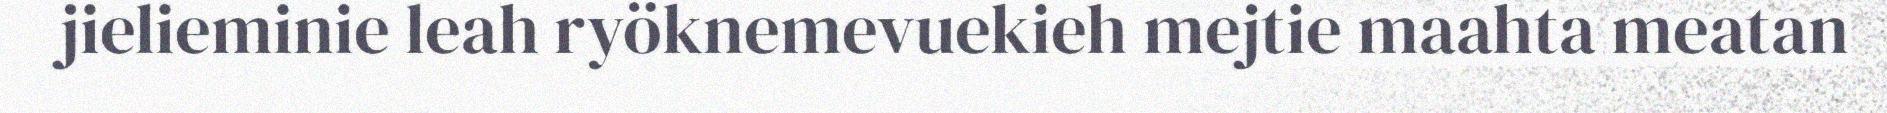
jielieminie leah ryöknemevuekieh mejtie maahta meatan